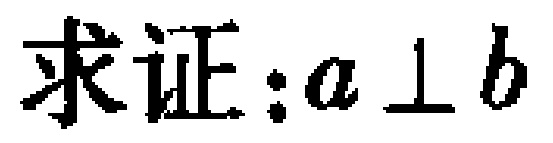
求证：\(a \perp b\)